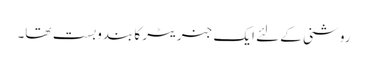
روشنی کے لئے ایک جنریٹر کا بندوبست تھا۔